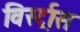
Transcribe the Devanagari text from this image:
विर्स्ट्रास